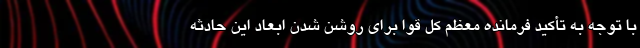
با توجه به تأکید فرمانده معظم کل قوا برای روشن شدن ابعاد این حادثه